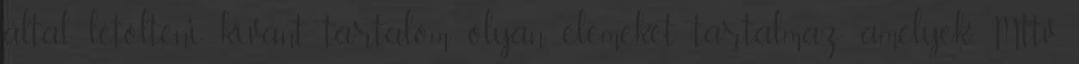
által letölteni kívánt tartalom olyan elemeket tartalmaz, amelyek Mttv.